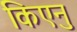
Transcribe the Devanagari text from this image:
किएनु